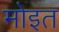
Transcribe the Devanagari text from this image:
मोइत